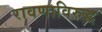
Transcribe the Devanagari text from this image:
रावणाविरुद्ध